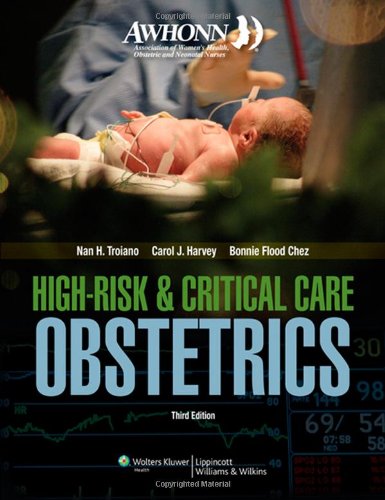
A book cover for AWHONN High-Risk & Critical Care Obstetrics (Mandeville, AWHONN's High Risk and Critical Care Intrapartum Nursing); Nan H. Troiano RN  MSN; Medical Books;